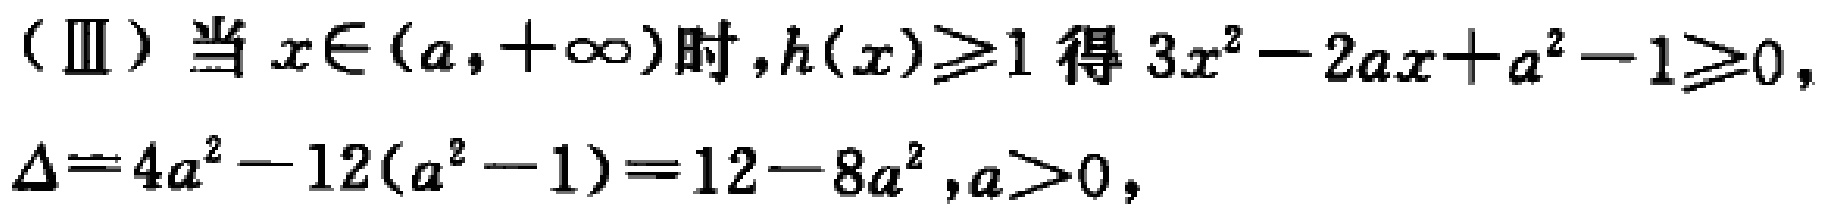
（Ⅲ）当 \(x\in(a,+\infty)\) 时，\(h(x)\geq1\) 得 \(3x^{2}-2ax + a^{2}-1\geq0\)，
\(\Delta = 4a^{2}-12(a^{2}-1)=12 - 8a^{2},a>0\)，